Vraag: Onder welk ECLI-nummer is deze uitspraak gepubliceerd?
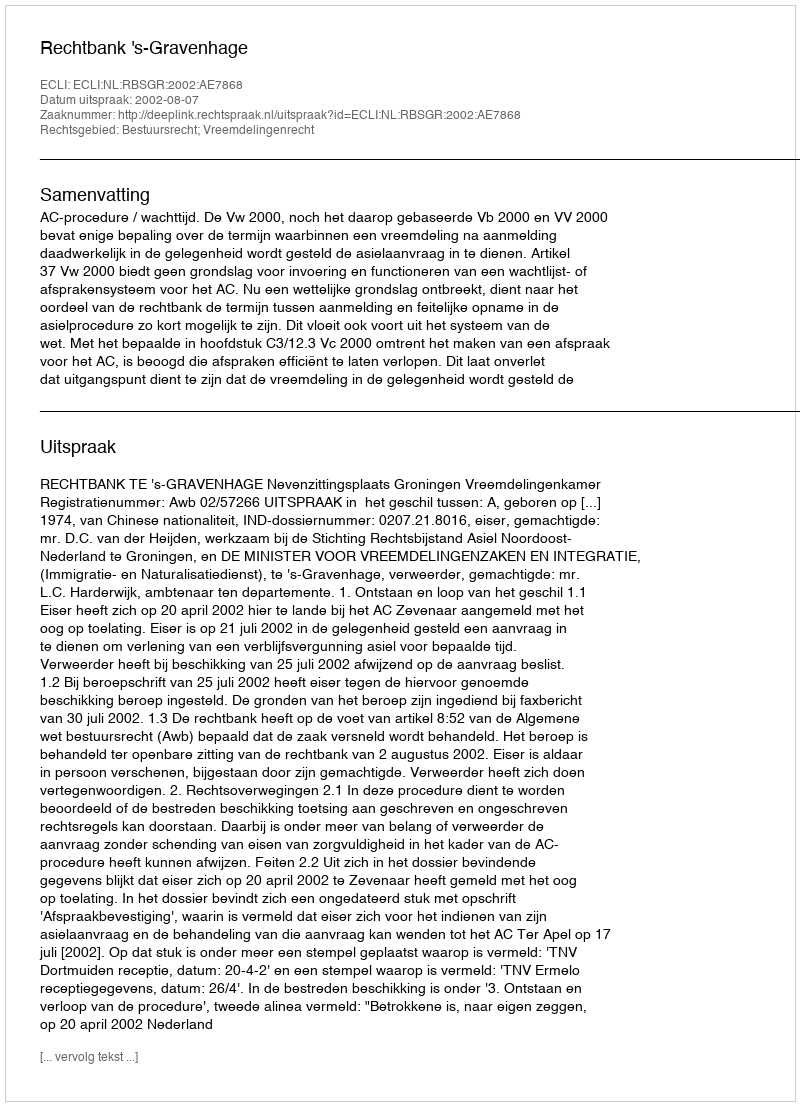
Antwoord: ECLI:NL:RBSGR:2002:AE7868